Insane asylums in Bengal annual reports 1867-1875 - 1867-1875
Year: 1867
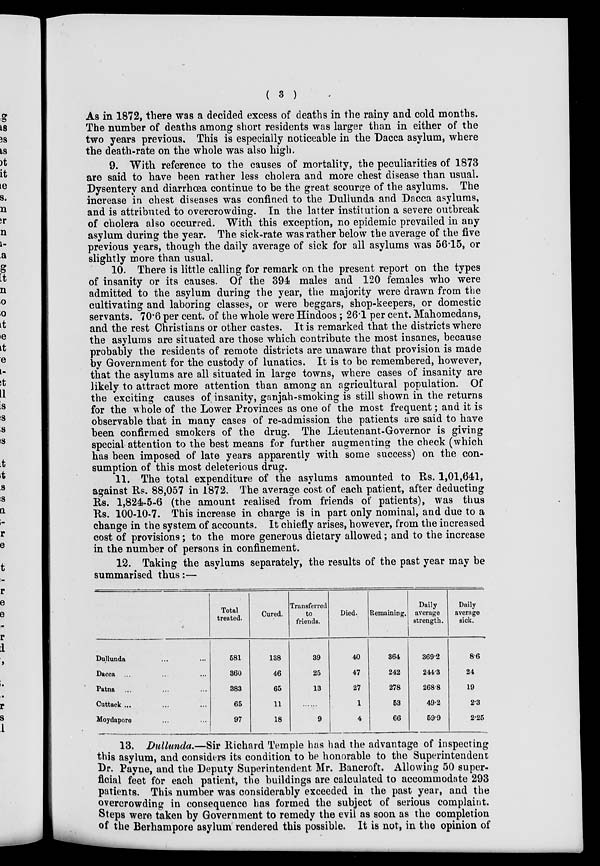
( 3 )
As in 1872, there was a decided excess of deaths in the rainy and cold months.
The number of deaths among short residents was larger than in either of the
two years previous. This is especially noticeable in the Dacca asylum, where
the death-rate on the whole was also high.
9. With reference to the causes of mortality, the peculiarities of 1873
are said to have been rather less cholera and more chest disease than usual.
Dysentery and diarrhœa continue to be the great scourge of the asylums. The
increase in chest diseases was confined to the Dullunda and Dacca asylums,
and is attributed to overcrowding. In the latter institution a severe outbreak
of cholera also occurred. With this exception, no epidemic prevailed in any
asylum during the year. The sick-rate was rather below the average of the five
previous years, though the daily average of sick for all asylums was 56.15, or
slightly more than usual.
10. There is little calling for remark on the present report on the types
of insanity or its causes. Of the 394 males and 120 females who were
admitted to the asylum during the year, the majority were drawn from the
cultivating and laboring classes, or were beggars, shop-keepers, or domestic
servants. 70.6 per cent. of the whole were Hindoos; 26.1 per cent. Mahomedans,
and the rest Christians or other castes. It is remarked that the districts where
the asylums are situated are those which contribute the most insanes, because
probably the residents of remote districts are unaware that provision is made
by Government for the custody of lunatics. It is to be remembered, however,
that the asylums are all situated in large towns, where cases of insanity are
likely to attract more attention than among an agricultural population. Of
the exciting causes of insanity, ganjah-smoking is still shown in the returns
for the whole of the Lower Provinces as one of the most frequent; and it is
observable that in many cases of re-admission the patients are said to have
been confirmed smokers of the drug. The Lieutenant-Governor is giving
special attention to the best means for further augmenting the check (which
has been imposed of late years apparently with some success) on the con-
sumption of this most deleterious drug.
11. The total expenditure of the asylums amounted to Rs. 1,01,641,
against Rs. 88,057 in 1872. The average cost of each patient, after deducting
Rs. 1,824-5-6 (the amount realised from friends of patients), was thus
Rs. 100-10-7. This increase in charge is in part only nominal, and due to a
change in the system of accounts. It chiefly arises, however, from the increased
cost of provisions; to the more generous dietary allowed; and to the increase
in the number of persons in confinement.
12. Taking the asylums separately, the results of the past year may be
summarised thus:—
Dullunda ... ...
Dacca ... ... ...
Patna ... ... ...
Cuttack ... ... ...
Moydapore ... ...
Total
treated.
581
360
383
65
97
Cured.
138
46
65
11
18
Transferred
to
friends.
39
25
13
......
9
Died.
40
47
27
1
4
Remaining.
364
242
278
53
66
Daily
average
strength.
369.2
244.3
268.8
49.2
59.9
Daily
average
sick.
8.6
24
19
2.3
2.25
13. Dullunda.—Sir Richard Temple has had the advantage of inspecting
this asylum, and considers its condition to be honorable to the Superintendent
Dr. Payne, and the Deputy Superintendent Mr. Bancroft. Allowing 50 super-
ficial feet for each patient, the buildings are calculated to accommodate 293
patients. This number was considerably exceeded in the past year, and the
overcrowding in consequence has formed the subject of serious complaint.
Steps were taken by Government to remedy the evil as soon as the completion
of the Berhampore asylum rendered this possible. It is not, in the opinion of